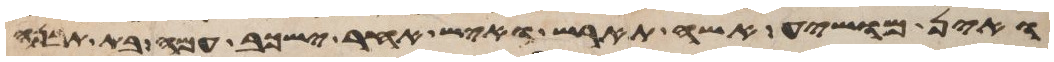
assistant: ואין מושיע אשה תארש ואיש אחר ישכב עמה בית תבנה